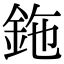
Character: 鉇